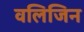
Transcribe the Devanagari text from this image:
वलिजिन